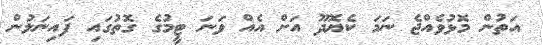
އަތުން މޮޅުވެއްޖެ ނަމަ ކެޔޮދޫ އަށް އެއް ވަނަ ޓީމުގެ ގޮތުގައި ފައިނަލުން